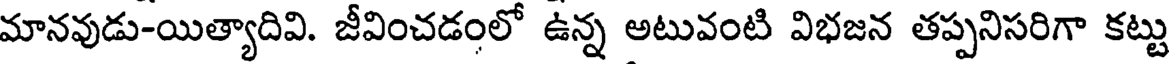
మానవుడు-యిత్యాదివి. జీవించడంలో ఉన్న అటువంటి విభజన తప్పనిసరిగా కట్టు